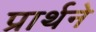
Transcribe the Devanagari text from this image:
प्रार्थने